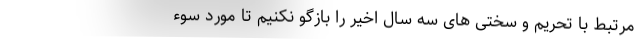
مرتبط با تحریم و سختی های سه سال اخیر را بازگو نکنیم تا مورد سوء